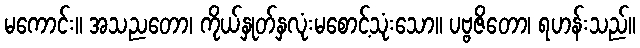
မကောင်း။ အသညတော၊ ကိုယ်နှုတ်နှလုံးမစောင့်သုံးသော။ ပဗ္ဗဇိတော၊ ရဟန်းသည်။